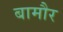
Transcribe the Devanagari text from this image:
बामौर